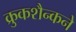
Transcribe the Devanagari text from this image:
क्रुकशैन्कने